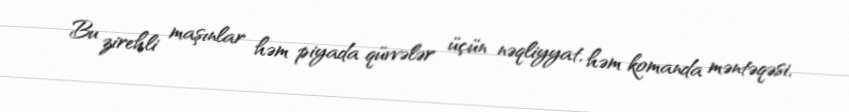
Bu zirehli maşınlar həm piyada qüvvələr üçün nəqliyyat, həm komanda məntəqəsi,